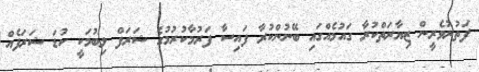
ފަތުރުވެރީން ޒިޔާރަތްކުރާ ގައުމެއްގައި ބޭނުންކުރާ ފައިސާ ފަރުމާކުރުމުގެ ޝަރަފް ލިބުމަކީ ކުޑަ ޝަރަފެއް